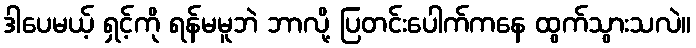
ဒါပေမယ့် ရှင့်ကို ရန်မမူဘဲ ဘာလို့ ပြတင်းပေါက်ကနေ ထွက်သွားသလဲ။